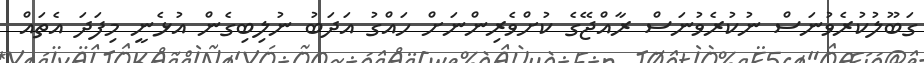
ގަބޫލުކުރެވުނަސް ނުކުރެވުނަސް ރާއްޖޭގެ ކުށްވެރިންނަށް ހައްގު އަދަބު ނުލިބިގެން އުޅެނީ މިފަދަ އެތައް